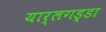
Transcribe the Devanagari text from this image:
यार्लगड्डा